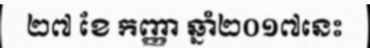
២៧ ខែ កញ្ញា ឆ្នាំ២០១៧នេះ